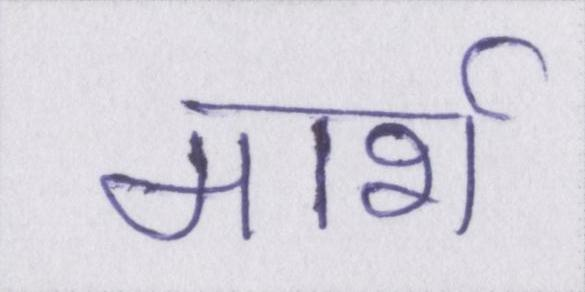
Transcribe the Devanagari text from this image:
मार्श